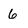
Character: 6